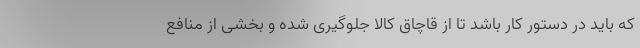
که باید در دستور کار باشد تا از قاچاق کالا جلوگیری شده و بخشی از منافع